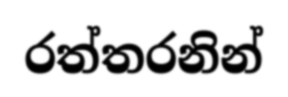
රත්තරනින්